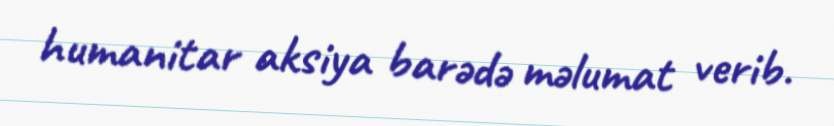
humanitar aksiya barədə məlumat verib.